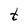
Character: t